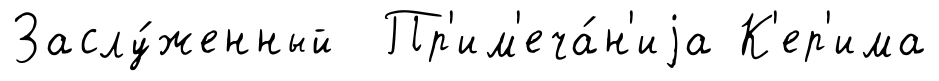
Заслу́женный Пр'им'еча́н'иjа К'ер'има